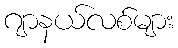
ဂျာနယ်လစ်များ